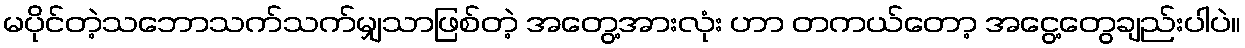
မပိုင်တဲ့သဘောသက်သက်မျှသာဖြစ်တဲ့ အတွေ့အားလုံး ဟာ တကယ်တော့ အငွေ့တွေချည်းပါပဲ။